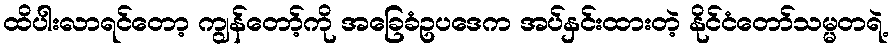
ထိပါးလာရင်တော့ ကျွန်တော့်ကို အခြေခံဥပဒေက အပ်နှင်းထားတဲ့ နိုင်ငံတော်သမ္မတရဲ့